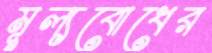
মূল্যবোধের